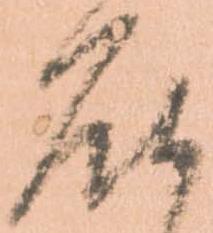
届